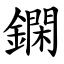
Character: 䥜